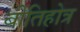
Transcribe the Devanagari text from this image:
बीतिहोत्र